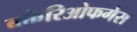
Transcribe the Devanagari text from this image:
बक्तेरिओफगेस